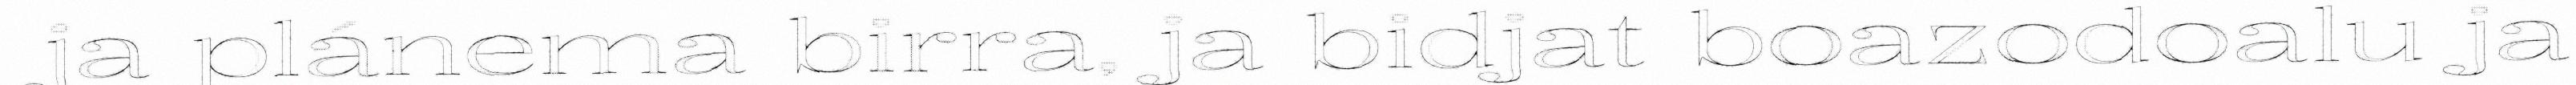
ja plánema birra, ja bidjat boazodoalu ja